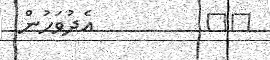
١٤         އެދުވަހުން